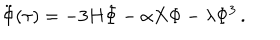
LaTeX: \ddot { \Phi } ( \tau ) = - 3 H \dot { \Phi } - \alpha X \Phi - \lambda \Phi ^ { 3 } \, .